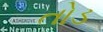
તોડ